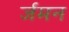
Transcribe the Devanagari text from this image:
र्जमन